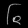
Digit: ၆